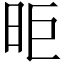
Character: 昛